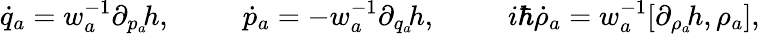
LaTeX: \dot{q}_{a}=w_{a}^{-1}{\partial_{p_{a}\! }h},\qquad\ \ \dot{p}_{a}=-w_{a}^{-1}{\partial_{q_{a}\! }h},\qquad\ \ i\hbar{\dot{\rho}_{a}}=w_{a}^{-1}[{\partial_{\rho_{a}\! }h},\rho_{a}],